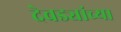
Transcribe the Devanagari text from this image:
देवड्यांच्या